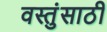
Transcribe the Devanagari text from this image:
वस्तुंसाठी